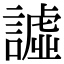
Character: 譃